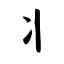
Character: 丬